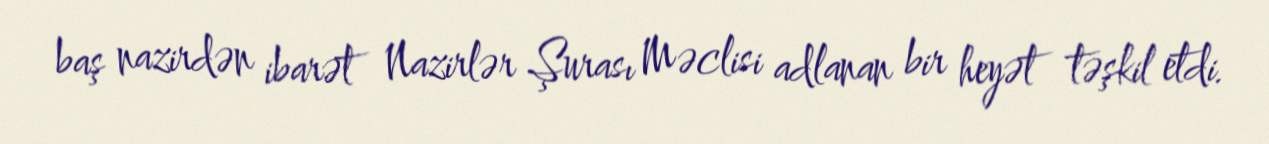
baş nazirdən ibarət Nazirlər Şurası Məclisi adlanan bir heyət təşkil etdi.